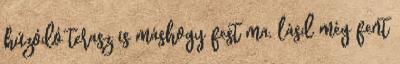
húzódó terasz is máshogy fest ma, lásd még fent